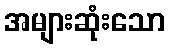
အများဆုံးသော